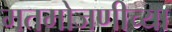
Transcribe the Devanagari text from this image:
मतमोजणीच्या